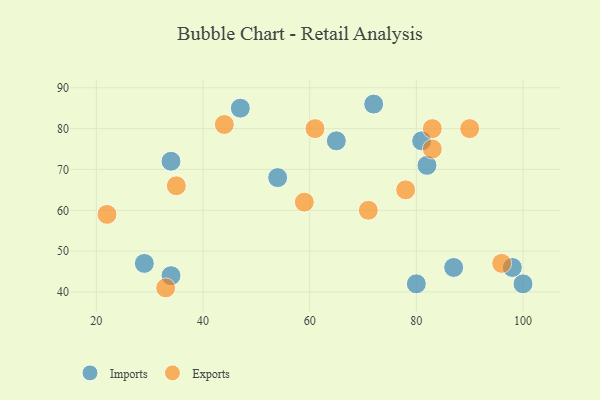
{"axis": {"x": "GDP", "y": "Life Expectancy"}, "legend": ["Exports", "Imports"], "data": [{"x": "87", "y": 46, "type": "Imports"}, {"x": "34", "y": 44, "type": "Imports"}, {"x": "72", "y": 86, "type": "Imports"}, {"x": "54", "y": 68, "type": "Imports"}, {"x": "82", "y": 71, "type": "Imports"}, {"x": "100", "y": 42, "type": "Imports"}, {"x": "81", "y": 77, "type": "Imports"}, {"x": "34", "y": 72, "type": "Imports"}, {"x": "98", "y": 46, "type": "Imports"}, {"x": "47", "y": 85, "type": "Imports"}, {"x": "65", "y": 77, "type": "Imports"}, {"x": "80", "y": 42, "type": "Imports"}, {"x": "29", "y": 47, "type": "Imports"}, {"x": "44", "y": 81, "type": "Exports"}, {"x": "22", "y": 59, "type": "Exports"}, {"x": "61", "y": 80, "type": "Exports"}, {"x": "33", "y": 41, "type": "Exports"}, {"x": "96", "y": 47, "type": "Exports"}, {"x": "83", "y": 80, "type": "Exports"}, {"x": "59", "y": 62, "type": "Exports"}, {"x": "35", "y": 66, "type": "Exports"}, {"x": "83", "y": 75, "type": "Exports"}, {"x": "71", "y": 60, "type": "Exports"}, {"x": "90", "y": 80, "type": "Exports"}, {"x": "78", "y": 65, "type": "Exports"}]}